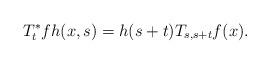
LaTeX: \begin{align*}T_t^*fh(x,s)=h(s+t)T_{s,s+t}f(x).\end{align*}